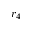
r _ { 4 }